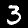
Label: 3